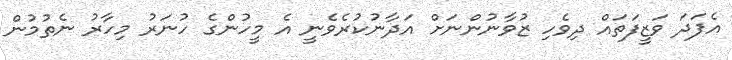
އެފަދަ ވަޒީފަތައް ދިވެހި ޒުވާނުންނަށް އަދާނުކުރެވެނީ އެ މީހުންގެ ހުނަރު މިހާރު ނެތުމުން